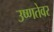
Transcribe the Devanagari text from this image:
उष्णतेवर